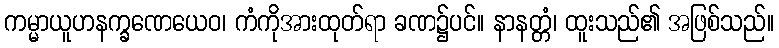
ကမ္မာယူဟနက္ခဏေယေဝ၊ ကံကိုအားထုတ်ရာ ခဏ၌ပင်။ နာနတ္တံ၊ ထူးသည်၏ အဖြစ်သည်။